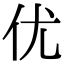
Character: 优